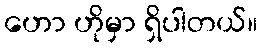
ဟော ဟိုမှာ ရှိပါတယ်။